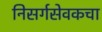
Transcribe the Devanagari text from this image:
निसर्गसेवकचा